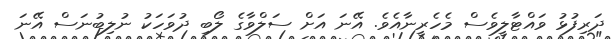
ދަރިފުޅު ވައްޓާލީވެސް މެހެރީނާއެވެ. އޭނަ އަށް ސަލްވާގެ ލޯބި ދުވަހަކު ނުލިބުނަސް އޭނަ